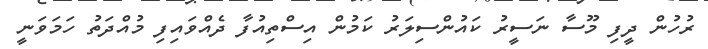
ރުހުން ދީފި މޫސާ ނަސީރު ކައުންސިލަރު ކަމުން އިސްތިއުފާ ދެެއްވައިފި މުއްދަތު ހަމަވަނީ